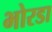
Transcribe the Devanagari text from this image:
भोरडा